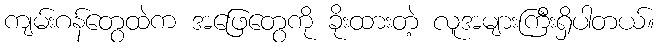
ကျမ်းဂန်တွေထဲက အဖြေတွေကို ခိုးထားတဲ့ လူအများကြီးရှိပါတယ်။